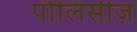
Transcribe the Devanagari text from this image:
पौलिसीज़